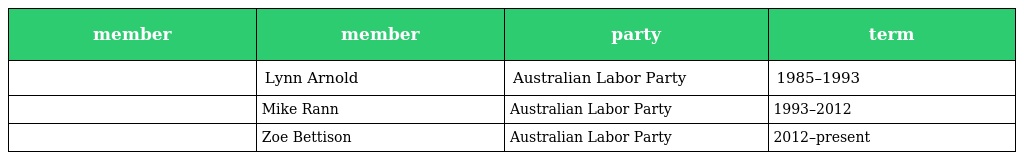
| member | member | party | term |
 | --- | --- | --- | --- |
 |  | Lynn Arnold | Australian Labor Party | 1985–1993 |
 |  | Mike Rann | Australian Labor Party | 1993–2012 |
 |  | Zoe Bettison | Australian Labor Party | 2012–present |